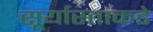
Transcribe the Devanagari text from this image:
सूर्यास्ताकडे